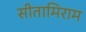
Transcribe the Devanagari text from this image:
सीतामिराम